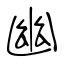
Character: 幽